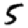
Digit: 5